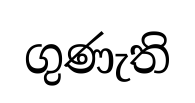
ගුණැති